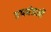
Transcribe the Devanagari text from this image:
उपमंडलों